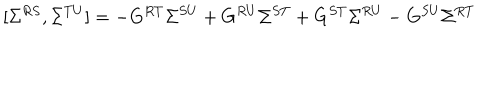
LaTeX: [ \Sigma ^ { R S } , \Sigma ^ { T U } ] = - G ^ { R T } \Sigma ^ { S U } + G ^ { R U } \Sigma ^ { S T } + G ^ { S T } \Sigma ^ { R U } - G ^ { S U } \Sigma ^ { R T }